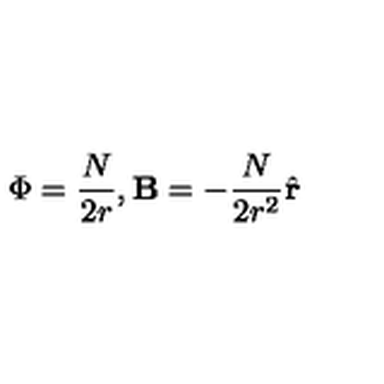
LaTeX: \Phi = \frac { N } { 2 r } , \mathbf { B } = - \frac { N } { 2 r ^ { 2 } } \hat { \mathbf { r } }